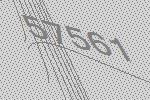
57561